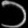
Digit: ၁